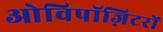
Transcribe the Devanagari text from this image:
ओविपॉज़िटरों